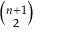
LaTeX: \textstyle { \binom { n + 1 } { 2 } }